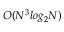
O ( N ^ { 3 } l o g _ { 2 } N )